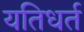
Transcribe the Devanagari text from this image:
यतिधर्त